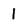
Character: 1